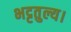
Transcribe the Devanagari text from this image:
भट्टतुल्य।